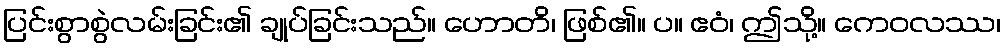
ပြင်းစွာစွဲလမ်းခြင်း၏ ချုပ်ခြင်းသည်။ ဟောတိ၊ ဖြစ်၏။ ပ။ ဧဝံ၊ ဤသို့။ ကေဝလဿ၊